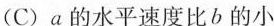
（C）a的水平速度比b的小